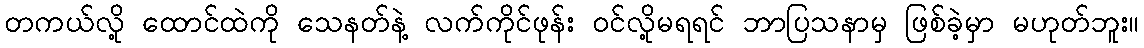
တကယ်လို့ ထောင်ထဲကို သေနတ်နဲ့ လက်ကိုင်ဖုန်း ဝင်လို့မရရင် ဘာပြသနာမှ ဖြစ်ခဲ့မှာ မဟုတ်ဘူး။